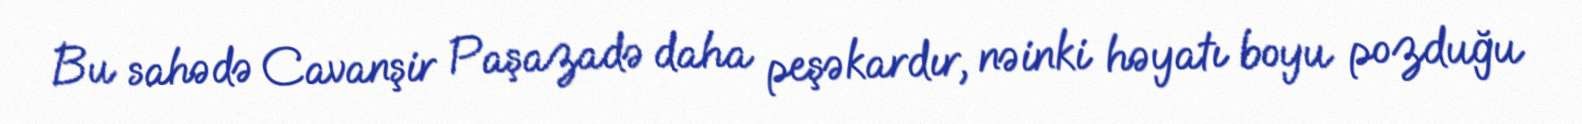
Bu sahədə Cavanşir Paşazadə daha peşəkardır, nəinki həyatı boyu pozduğu